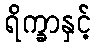
ရိက္ခာနှင့်